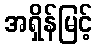
အရှိန်မြင့်